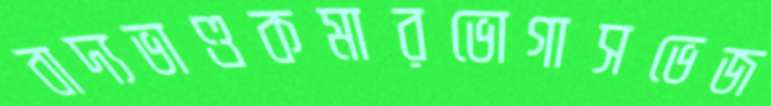
বাদ্যভাণ্ডকমারভোগাসভেজ